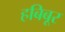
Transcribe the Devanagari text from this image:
हबिबूर